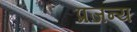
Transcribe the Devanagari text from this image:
प्रजन्य